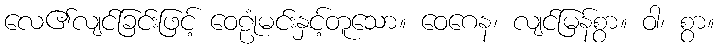
လေ၏လျင်ခြင်းဖြင့် ဝေဠုံမင်းနှင့်တူသော။ ဝေဂေန၊ လျင်မြန်စွာ။ ဝါ၊ စွာ။